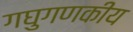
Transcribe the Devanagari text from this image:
गघुगणकीय